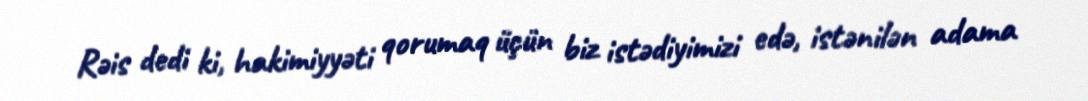
Rəis dedi ki, hakimiyyəti qorumaq üçün biz istədiyimizi edə, istənilən adama